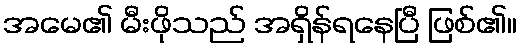
အမေ၏ မီးဖိုသည် အရှိန်ရနေပြီ ဖြစ်၏။